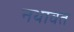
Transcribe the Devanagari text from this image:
नथावत